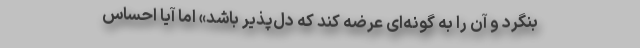
بنگرد و آن را به گونه‌ای عرضه کند که دل‌پذیر باشد» اما آیا احساس